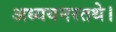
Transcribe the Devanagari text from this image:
अध्ययनरतथे।